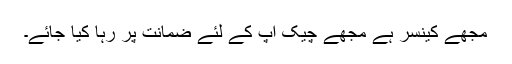
مجھے کینسر ہے مجھے چیک اپ کے لئے ضمانت پر رہا کیا جائے۔